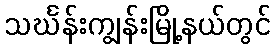
သင်္ဃန်းကျွန်းမြို့နယ်တွင်